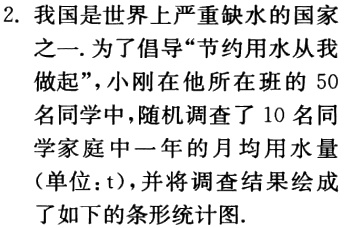
2. 我国是世界上严重缺水的国家
之一. 为了倡导“节约用水从我
做起”, 小刚在他所在班的 50
名同学中, 随机调查了 10 名同
学家 庭 中 一 年 的 月 均 用 水 量
(单位：t), 并将调查结果绘成
了如下的条形统计图.